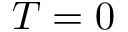
T = 0